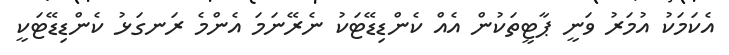
އެކަމަކު އުމަރު ވަނީ ޕާޓީތަކުން އެއް ކެންޑިޑޭޓަކު ނެރޭނަމަ އެންމެ ރަނގަޅު ކެންޑިޑޭޓަކީ